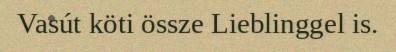
Vasút köti össze Lieblinggel is.